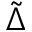
\tilde { \Delta }